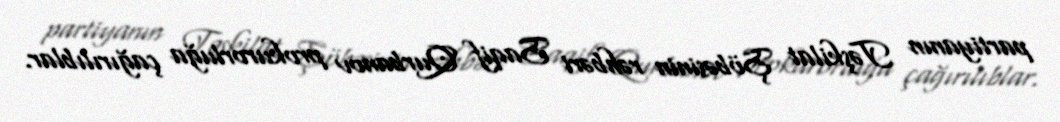
partiyanın Təşkilat Şöbəsinin rəhbəri Saqif Qurbanov prokurorluğa çağırılıblar.